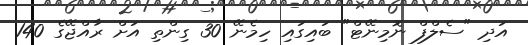
އަދި "ސެލްފް ނޮމިނޭޓް" ބައިގައި ހިމެނޭ 30 ގިންތި އަށް ރާއްޖޭގެ 140